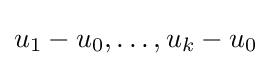
u_{1}-u_{0},\dots ,u_{k}-u_{0}